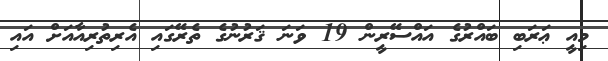
މިއީ ޢަރަބި ބައްރުގެ އައްސޭރީން 19 ވަނަ ޤަރުނުގެ ތެރޭގައި އެރިތުރިއާއަށް އައި